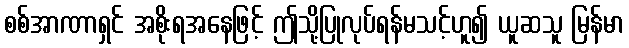
စစ်အာဏာရှင် အစိုးရအနေဖြင့် ဤသို့ပြုလုပ်ရန်မသင့်ဟူ၍ ယူဆသူ မြန်မာ